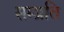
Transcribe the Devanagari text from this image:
सम्‍प्रति